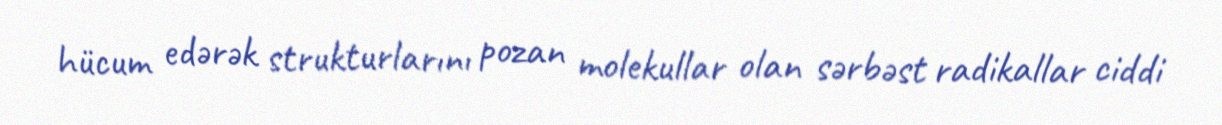
hücum edərək strukturlarını pozan molekullar olan sərbəst radikallar ciddi